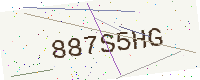
Text: 887S5HG